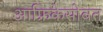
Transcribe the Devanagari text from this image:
आफ्रिकेसोबत